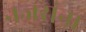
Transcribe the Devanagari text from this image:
नजरांना